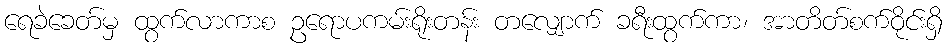
ရေခဲခေတ်မှ ထွက်လာကာစ ဥရောပကမ်းရိုးတန်း တလျှောက် ခရီးထွက်ကာ၊ အာတိတ်စက်ဝိုင်းရှိ